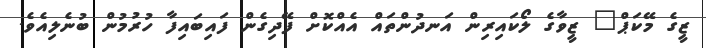
ޒީގެ މޭކަޕް" ޒީވާގެ ލޯކައިރިން އަނދުންތައް އެއްކޮށް ފޭދިގެން ފައިބައިފާ ހުރުމުން ބުނެލިއެވެ.